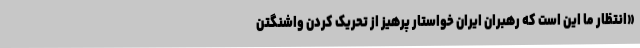
«انتظار ما این است که رهبران ایران خواستار پرهیز از تحریک کردن واشنگتن